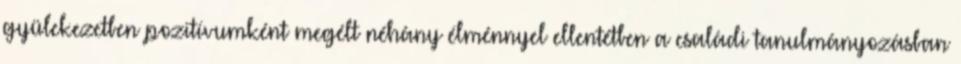
gyülekezetben pozitívumként megélt néhány élménnyel ellentétben a családi tanulmányozásban